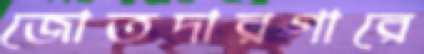
জোতদারগারে